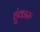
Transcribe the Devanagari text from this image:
हुंकारु